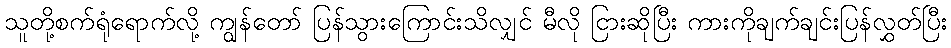
သူတို့စက်ရုံရောက်လို့ ကျွန်တော် ပြန်သွားကြောင်းသိလျှင် မီလို ငြားဆိုပြီး ကားကိုချက်ချင်းပြန်လွှတ်ပြီး